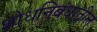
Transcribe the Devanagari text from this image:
शोधनिबंधातील